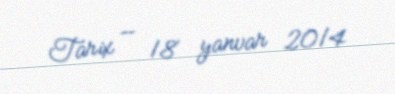
Tarix — 18 yanvar 2014